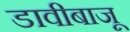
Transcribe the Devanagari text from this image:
डावीबाजू